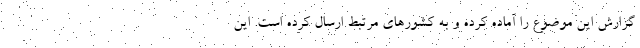
گزارش این موضوع را آماده کرده و به کشورهای مرتبط ارسال کرده است. این